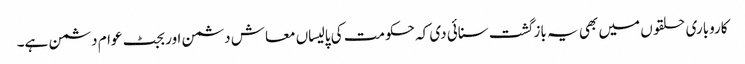
کاروباری حلقو ں میں بھی یہ باز گشت سنائی دی کہ حکومت کی پالیساں معاش دشمن اور بجٹ عوام دشمن ہے۔